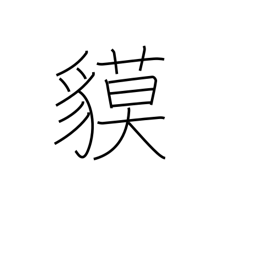
Meaning: tapir